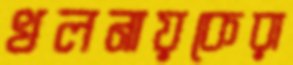
খলনায়কেরা